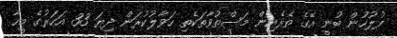
ފުލުހުން ބުނީ އޭގެ ތެރެއިން މަސްތުވާތަކެތި ހަވާލުކުރަން ދިޔަ 33 އަހަރުގެ މީހާ